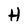
Character: H